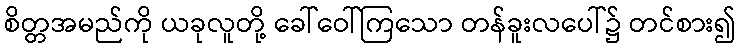
စိတ္တအမည်ကို ယခုလူတို့ ခေါ်ဝေါ်ကြသော တန်ခူးလပေါ်၌ တင်စား၍